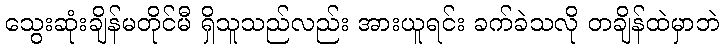
သွေးဆုံးချိန်မတိုင်မီ ရှိသူသည်လည်း အားယူရင်း ခက်ခဲသလို တချိန်ထဲမှာဘဲ